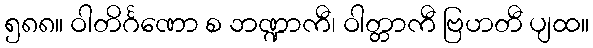
၅၈၈။ ဝါတိင်္ဂဏော စ ဘဏ္ဍာကီ၊ ဝါတ္တာကီ ဗြဟတီ ပျထ။